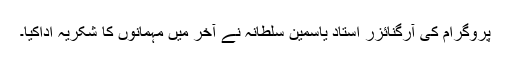
پروگرام کی آرگنائزر اُستاد یاسمین سلطانہ نے آخر میں مہمانوں کا شکریہ اداکیا۔